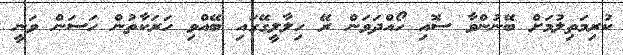
ކުރިމަތިލުމަށް ބޭނުންވާ ސޮއި ހޯއްދަވަން ރޭ ހިލާލީގޭގައި ބޭއްވި ހަރަކާތުން ހަސަން ވަނީ